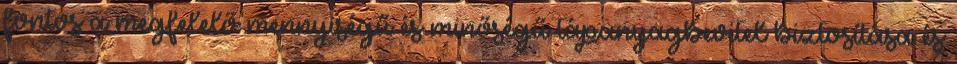
fontos a megfelelő mennyiségű és minőségű tápanyagbevitel biztosítása és